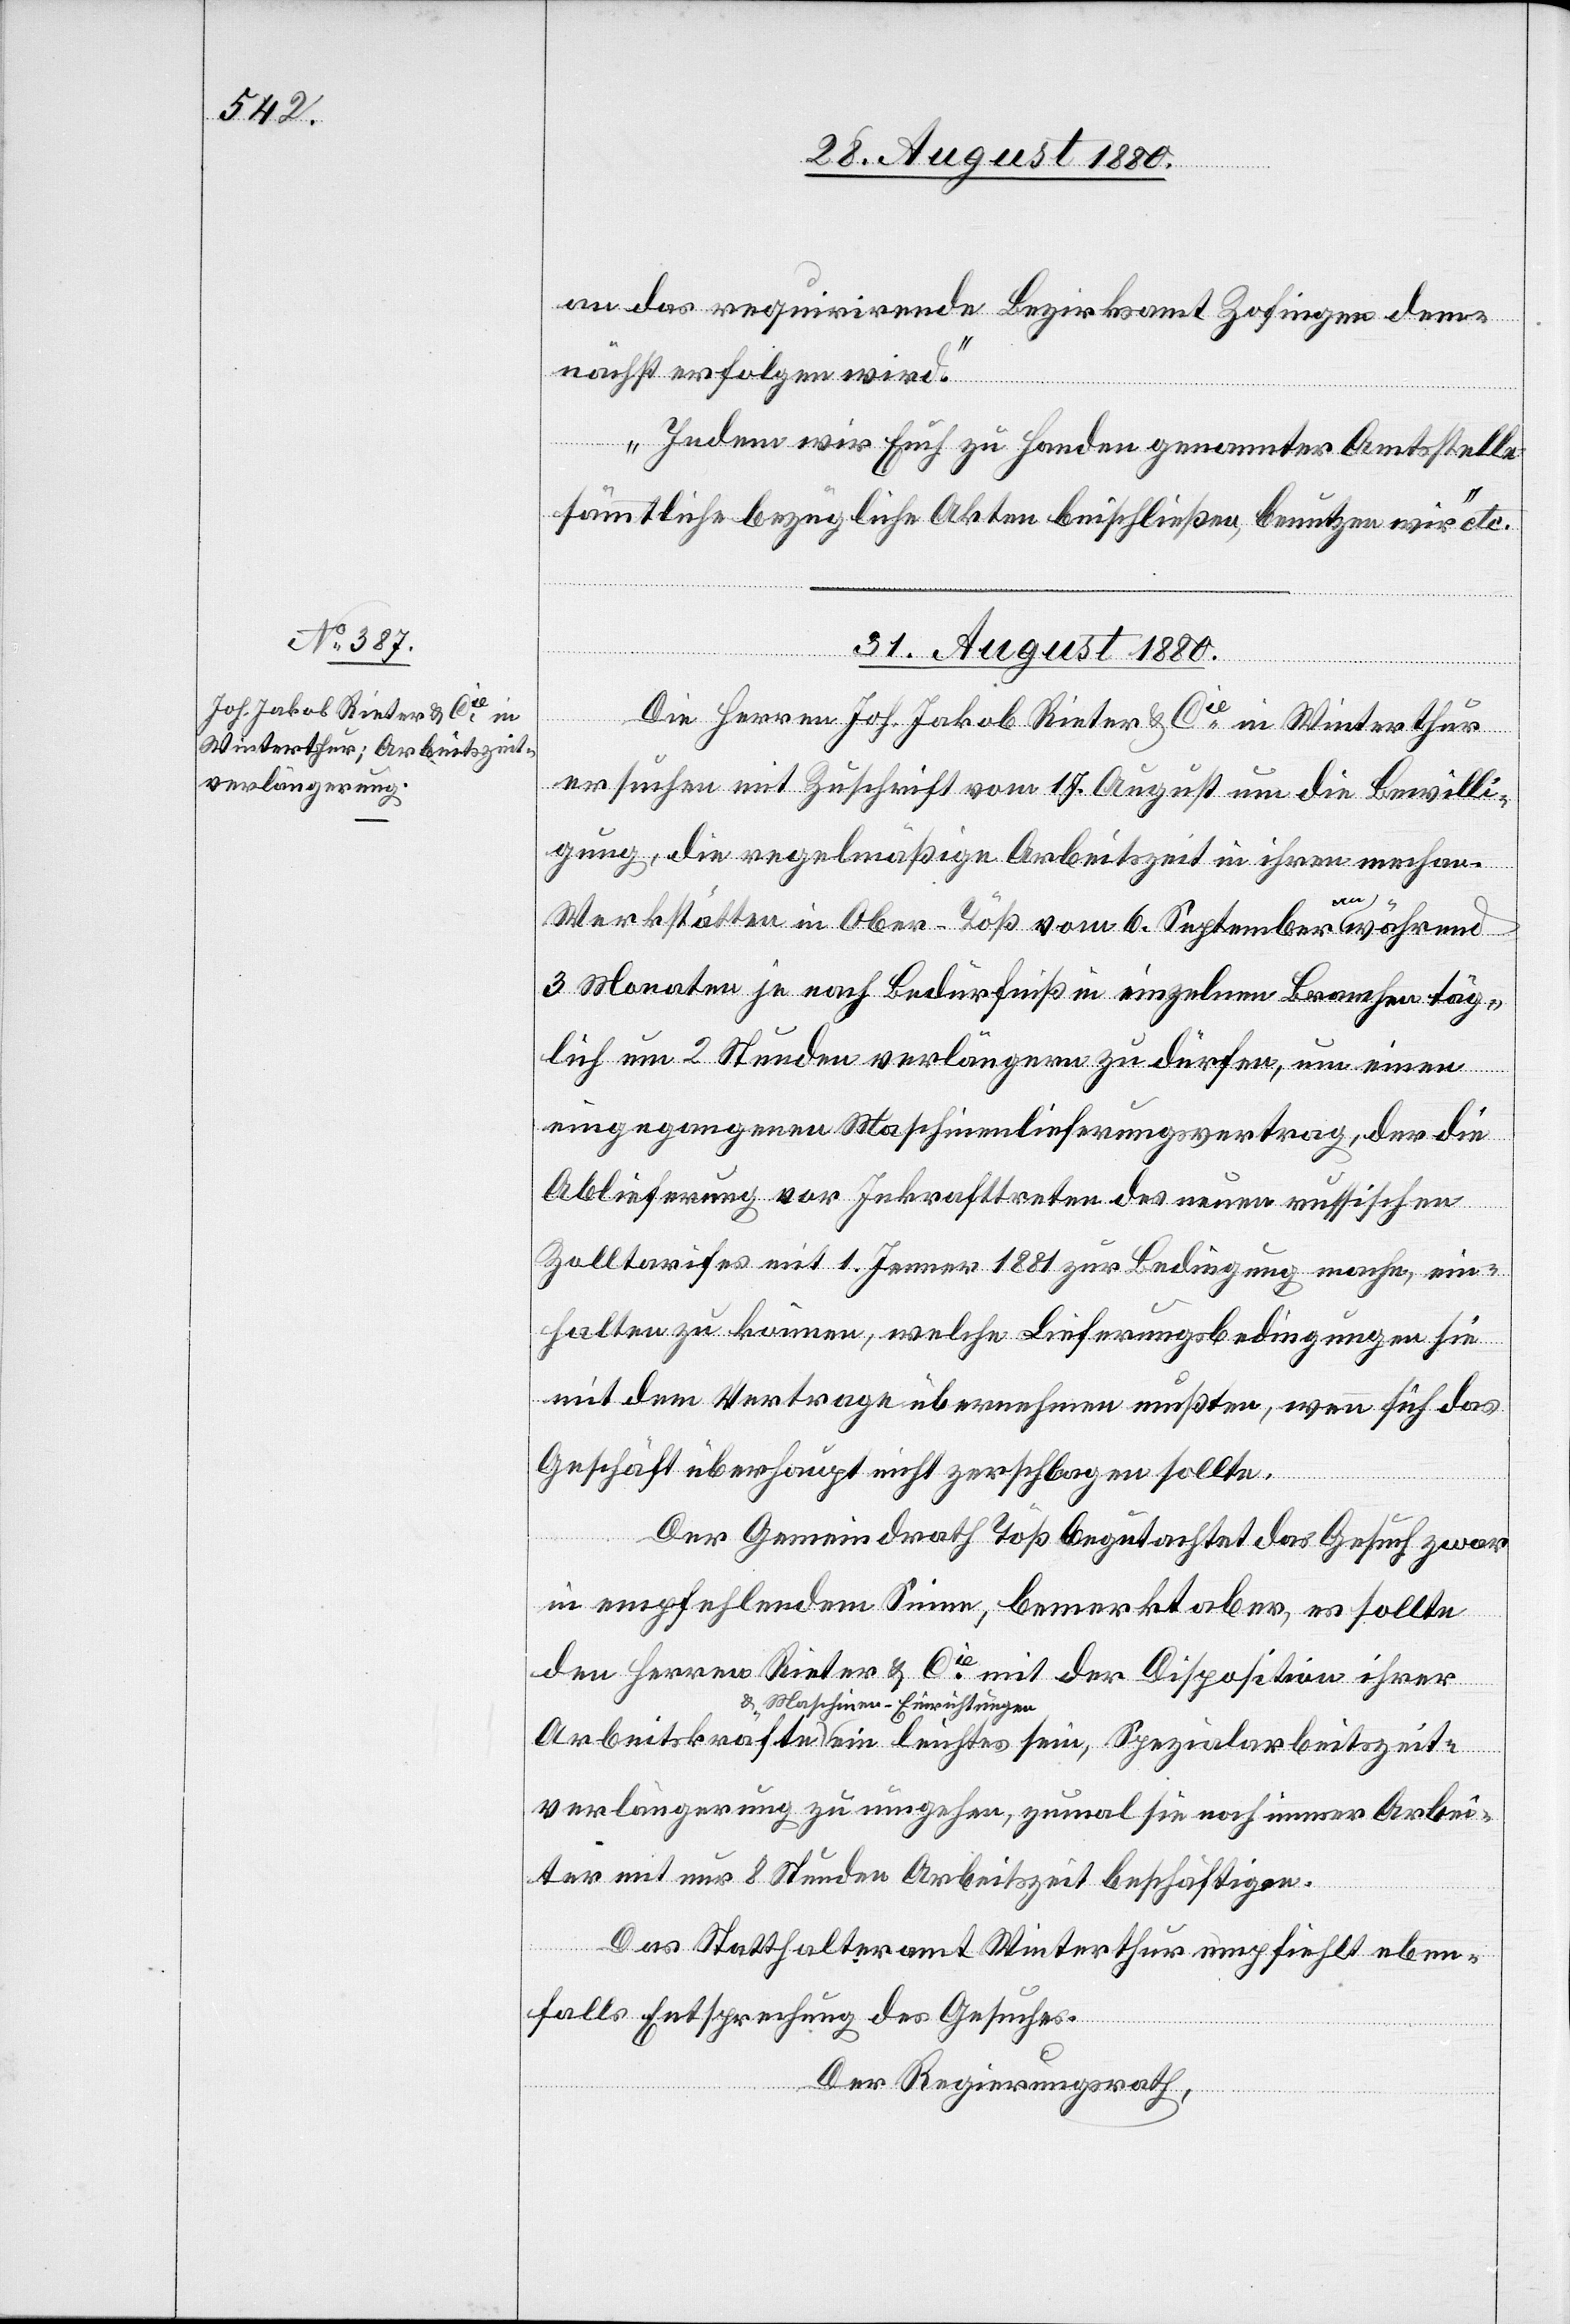
an das requirrirende Bezirksgericht Zofingen dem¬
nächst erfolgen wird.
Indem wir Euch zu Handen genannter Amtsstelle
sämmtliche bezügliche Akten beischließen benutzen wir“ etc.
31. August 1880.
sein,
eitszeit¬
Die Herren Joh. Jakob Rieter & Cie in Winterthur
ersuchen mit Zuschrift vom 17. August um die Bewilli¬
gung, die regelmäßige Arbeitszeit in ihren mechan.
Werkstätten in Ober-Töß vom 6. September an während
3 Monaten je nach Bedürfniß in einzelnen Brachen täg¬
lich um 2 Stunden verlängern zu dürfen, um einen
eingegangenen Maschinenlieferungsvertrag, der die
Ablieferung vor Inkrafttreten des neuen russischen
Zolltarifes mit 1. Jenner 1881 zur Bedingung mache, ein¬
halten zu können, welche Lieferungsbedingungen sie
mit dem Vertrage übernehmen mußten, wenn sich das
Geschäft überhaupt nicht zerschlagen sollte.
Der Gemeindrath Töß begutachtet das Gesuch zwar
in empfehlendem Sinne, bemerkt aber, es sollte
den Herren Rieter & Cie mit der Disposition ihrer
& Maschinen-Einrichtungen
verlängerung zu umgehen, zumal sie noch immer Arbei¬
ter mit nur 8 Stunden Arbeitszeit beschäftigen.
Das Statthalteramt Winterthur empfiehlt eben¬
falls Entsprechung des Gesuches.
Der Regierungsrath,